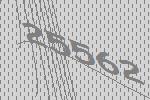
25562